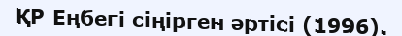
ҚР Еңбегі сіңірген әртісі (1996).